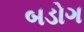
બડોગ